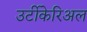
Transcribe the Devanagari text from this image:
उर्टीकेरिअल